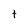
Character: t